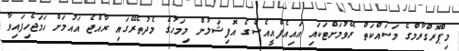
މިޕްރޮގްރާމްގެ މަސައްކަތް ރޭވުމަށްޓަކައި އައިއެފްއީއެސްގެ އޮފިޝަލުން މިމަހުގެ މެދުތެރޭގައި ރާއްޖެ އައުމަށް ހަމަޖެހިފައިވާ